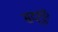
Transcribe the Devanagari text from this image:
सद्‌गुरुं